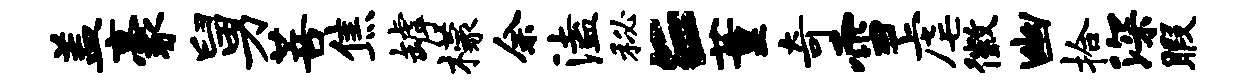
盖豪舅菩焦罅檬余溘秘E董奇雪虐徽幽拾深暇